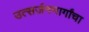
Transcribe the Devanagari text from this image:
उत्सर्जनमार्गांचा